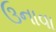
ઉનાવા